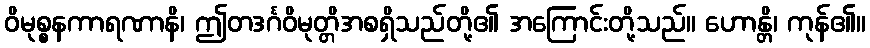
ဝိမုစ္စနကာရဏာနိ၊ ဤတဒင်္ဂဝိမုတ္တိအစရှိသည်တို့၏ အကြောင်းတို့သည်။ ဟောန္တိ၊ ကုန်၏။